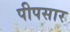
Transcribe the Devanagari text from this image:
पीपसार